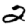
Digit: 2